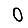
Digit: 0